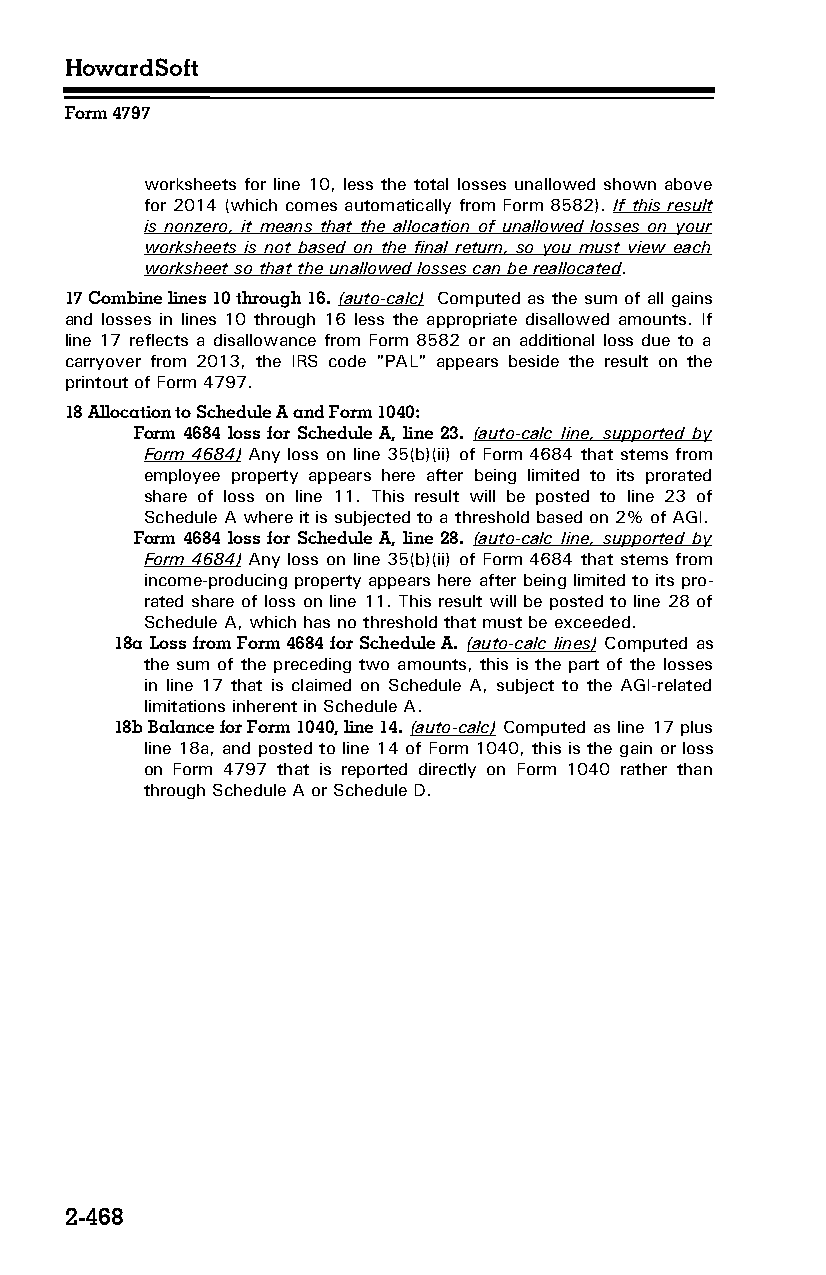
HowardSoft
 Form 4797
 worksheets for line 10, less the total losses unallowed shown above
 for 2014 (which comes automatically from Form 8582). If this result
 is nonzero, it means that the allocation of unallowed losses on your
 worksheets is not based on the final return, so you must view each
 worksheet so that the unallowed losses can be reallocated.
 17 Combine lines 10 through 16. (auto-calc) Computed as the sum of all gains
 and losses in lines 10 through 16 less the appropriate disallowed amounts. If
 line 17 reflects a disallowance from Form 8582 or an additional loss due to a
 carryover from 2013, the IRS code "PAL" appears beside the result on the
 printout of Form 4797.
 18 Allocation to Schedule A and Form 1040:
 Form 4684 loss for Schedule A, line 23. (auto-calc line, supported by
 Form 4684) Any loss on line 35(b)(ii) of Form 4684 that stems from
 employee property appears here after being limited to its prorated
 share of loss on line 11. This result will be posted to line 23 of
 Schedule A where it is subjected to a threshold based on 2% of AGI.
 Form 4684 loss for Schedule A, line 28. (auto-calc line, supported by
 Form 4684) Any loss on line 35(b)(ii) of Form 4684 that stems from
 income-producing property appears here after being limited to its pro­
 rated share of loss on line 11. This result will be posted to line 28 of
 Schedule A, which has no threshold that must be exceeded.
 18a Loss from Form 4684 for Schedule A. (auto-calc lines) Computed as
 the sum of the preceding two amounts, this is the part of the losses
 in line 17 that is claimed on Schedule A, subject to the AGI-related
 limitations inherent in Schedule A.
 18b Balance for Form 1040, line 14. (auto-calc) Computed as line 17 plus
 line 18a, and posted to line 14 of Form 1040, this is the gain or loss
 on Form 4797 that is reported directly on Form 1040 rather than
 through Schedule A or Schedule D.
 2-468